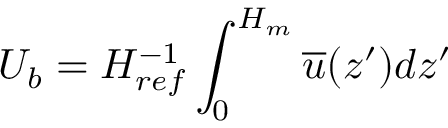
U _ { b } = H _ { r e f } ^ { - 1 } \int _ { 0 } ^ { H _ { m } } \overline { { u } } ( z ^ { \prime } ) d z ^ { \prime }